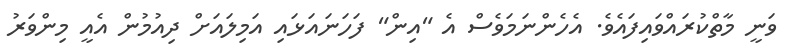
ވަނީ މާތްކުރައްވައިފައެވެ. އެހެންނަމަވެސް އެ "އިން" ފަހަނައަޅައި އަމިލައަށް ދިއުމުން އެއީ މިންވަރު